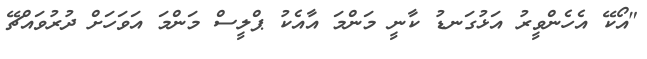
"އޯކޭ އެހެންވީރު އަޅުގަނޑު ކާނީ މަންމަ އާއެކު ޕްލީސް މަންމަ އަވަހަށް ދުރުވައްޗޭ